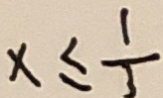
x \leq \frac { 1 } { 3 }